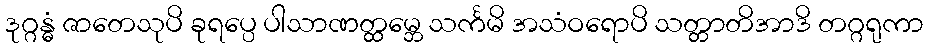
ဒုဂ္ဂန္ဓံ ဇာတေသုပိ ခုရပ္ပေ ပါသာဏတ္ထမ္ဘေ သင်္ကမိ အသံဝရောပိ သတ္တာတိအာဒိ တဂ္ဂရုကာ